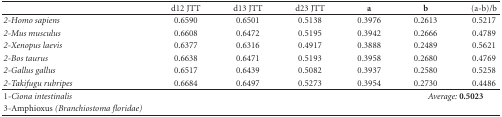
|  | d12 JTT | d13 JTT | d23 JTT | a | b | (a-b)/b |
 | --- | --- | --- | --- | --- | --- | --- |
 | 2-Homo sapiens | 0.6590 | 0.6501 | 0.5138 | 0.3976 | 0.2613 | 0.5217 |
 | 2-Mus musculus | 0.6608 | 0.6472 | 0.5195 | 0.3942 | 0.2666 | 0.4789 |
 | 2-Xenopus laevis | 0.6377 | 0.6316 | 0.4917 | 0.3888 | 0.2489 | 0.5621 |
 | 2-Bos taurus | 0.6638 | 0.6471 | 0.5193 | 0.3958 | 0.2680 | 0.4769 |
 | 2-Gallus gallus | 0.6517 | 0.6439 | 0.5082 | 0.3937 | 0.2580 | 0.5258 |
 | 2-Takifugu rubripes | 0.6684 | 0.6497 | 0.5273 | 0.3954 | 0.2730 | 0.4486 |
 | 1-Ciona intestinalis |  |  |  |  | <COLSPAN=2> Average: 0.5023 |
 | 3-Amphioxus (Branchiostoma floridae) |  |  |  |  |  |  |